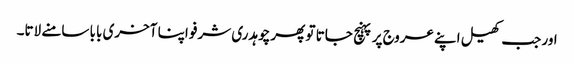
اور جب کھیل اپنے عروج پر پہنچ جاتا تو پھر چوہدری شرفو اپنا آخری بابا سامنے لاتا۔